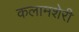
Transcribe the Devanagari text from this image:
कलामशेरी